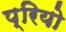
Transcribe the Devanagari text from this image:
प्रियो